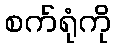
စက်ရုံကို